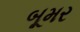
બૂમર